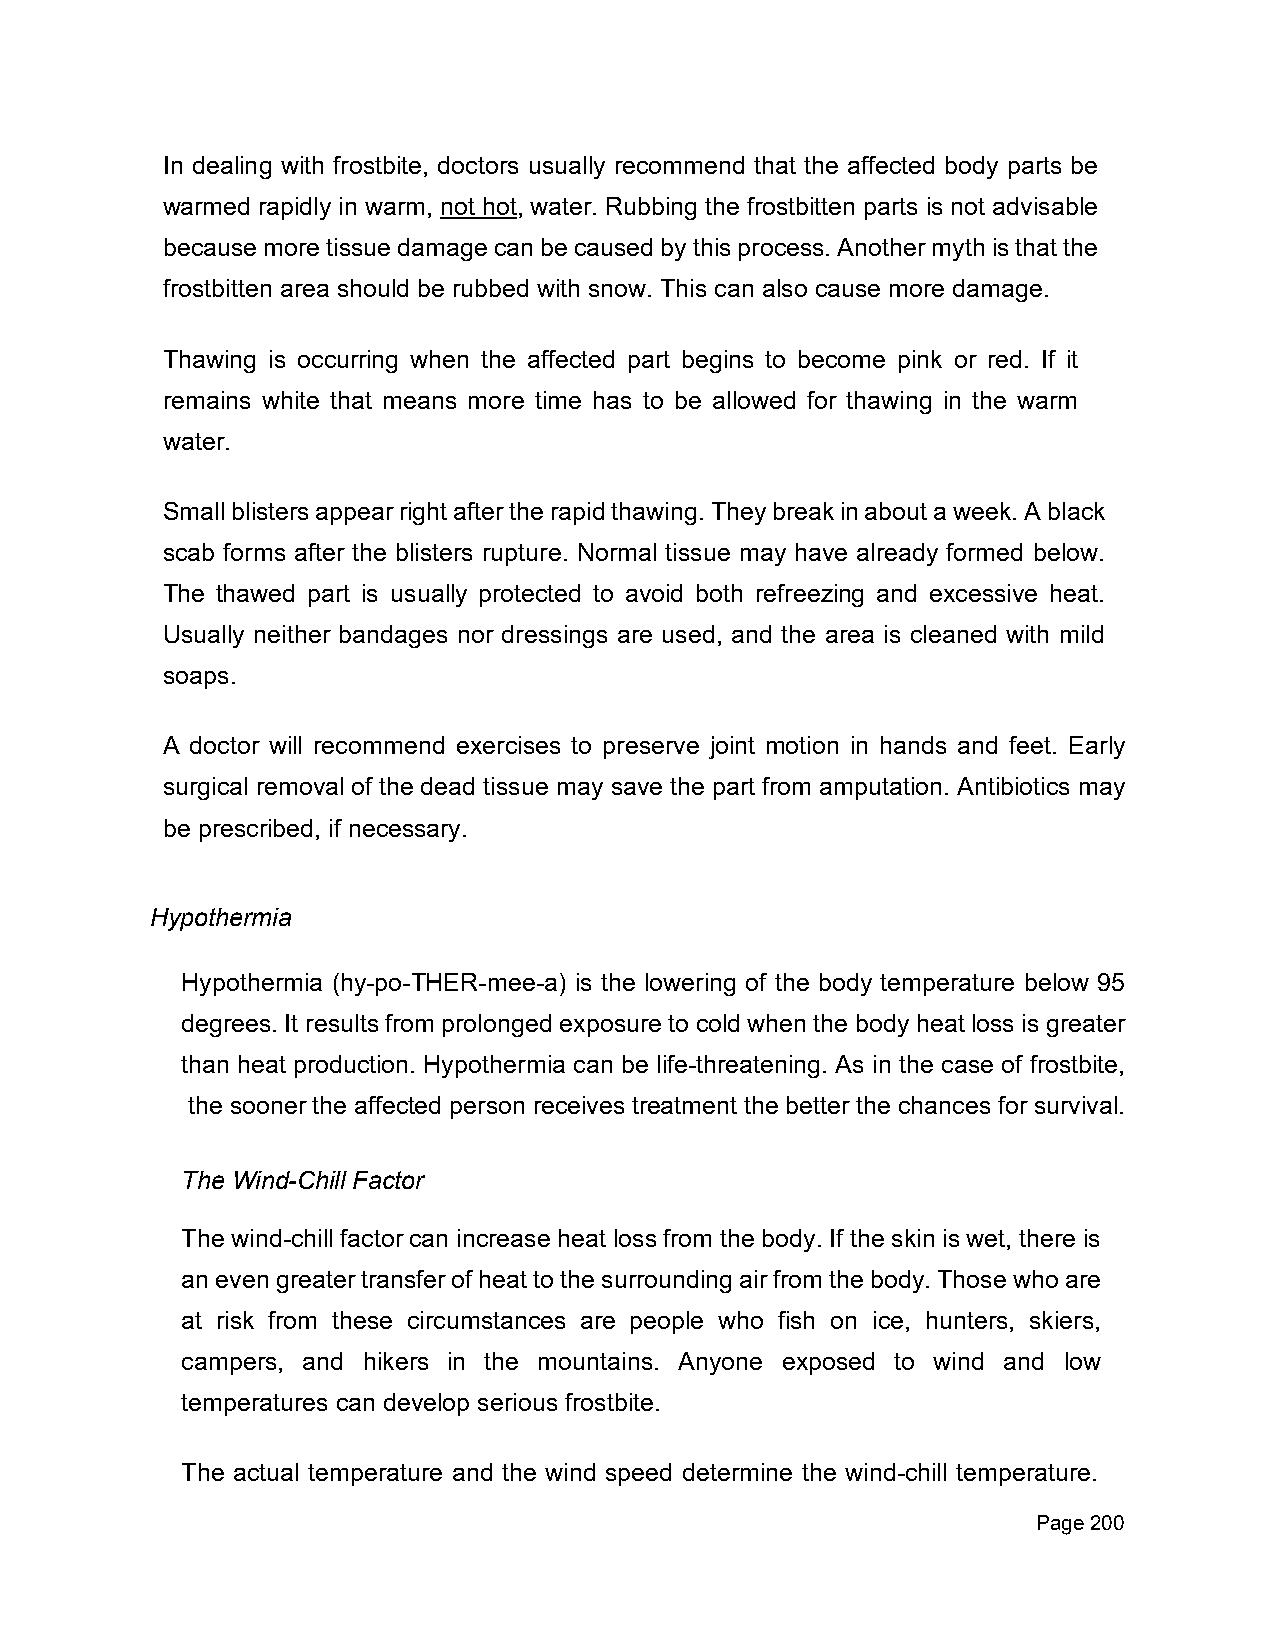
In dealing with frostbite, doctors usually recommend that the affected body parts be
 warmed rapidly in warm, not hot, water. Rubbing the frostbitten parts is not advisable
 because more tissue damage can be caused by this process. Another myth is that the
 frostbitten area should be rubbed with snow. This can also cause more damage.
 Thawing is occurring when the affected part begins to become pink or red. If it
 remains white that means more time has to be allowed for thawing in the warm
 water.
 Small blisters appear right after the rapid thawing. They break in about a week. A black
 scab forms after the blisters rupture. Normal tissue may have already formed below.
 The thawed part is usually protected to avoid both refreezing and excessive heat.
 Usually neither bandages nor dressings are used, and the area is cleaned with mild
 soaps.
 A doctor will recommend exercises to preserve joint motion in hands and feet. Early
 surgical removal of the dead tissue may save the part from amputation. Antibiotics may
 be prescribed, if necessary.
 Hypothermia
 Hypothermia (hy-po-THER-mee-a) is the lowering of the body temperature below 95
 degrees. It results from prolonged exposure to cold when the body heat loss is greater
 than heat production. Hypothermia can be life-threatening. As in the case of frostbite,
 the sooner the affected person receives treatment the better the chances for survival.
 The Wind-Chill Factor
 The wind-chill factor can increase heat loss from the body. If the skin is wet, there is
 an even greater transfer of heat to the surrounding air from the body. Those who are
 at risk from these circumstances are people who fish on ice, hunters, skiers,
 campers, and hikers in the mountains. Anyone exposed to wind and low
 temperatures can develop serious frostbite.
 The actual temperature and the wind speed determine the wind-chill temperature.
 Page 200